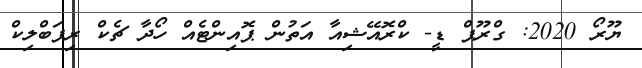
ޔޫރޯ 2020: ގްރޫޕް ޑީ- ކްރޮއޭޝިއާ އަތުން ޕޮއިންޓެއް ހޯދާ ޗެކް ރިޕަބްލިކް